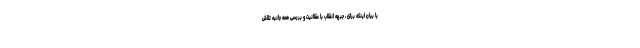
با بیان اینکه برای ، جبهه انقلاب با عقلانیت و بررسی همه جانبه تلاش